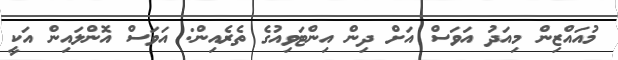
މުއައްޒިން މިއަދު އަވަސް އަށް ދިން އިންޓަވިއުގެ ތެރެއިން: އަވަސް އޮންލައިން އަކީ